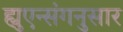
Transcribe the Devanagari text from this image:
ह्युएन्संगनुसार